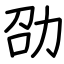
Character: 劭